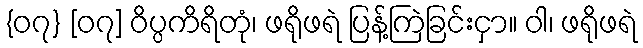
{၀၇} [၀၇] ဝိပ္ပကိရိတုံ၊ ဖရိုဖရဲ ပြန့်ကြဲခြင်းငှာ။ ဝါ၊ ဖရိုဖရဲ